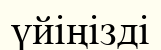
үйіңізді